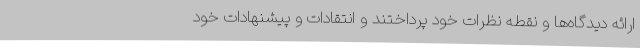
ارائه دیدگاه‌ها و نقطه نظرات خود پرداختند و انتقادات و پیشنهادات خود